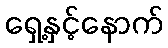
ရှေ့နှင့်နောက်